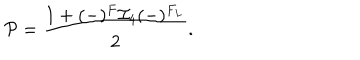
LaTeX: { \cal P } = \frac { 1 + ( - ) ^ { F } { \cal I } _ { 4 } ( - ) ^ { F _ { L } } } { 2 } .